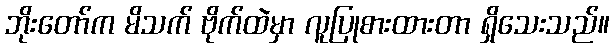
ဘိုးတော်က မိသက် ဗိုက်ထဲမှာ လူပြုစားထားတာ ရှိသေးသည်။